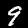
Digit: 9